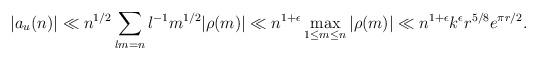
LaTeX: \begin{align*}|a_{u}(n)| & \ll n^{1/2} \sum_{lm=n}l^{-1}m^{1/2}|\rho(m)| \ll n^{1+\epsilon}\max_{ 1\leq m\leq n}|\rho(m)| \ll n^{1+\epsilon} k^{\epsilon} r^{5/8}e^{\pi r/2}.\end{align*}